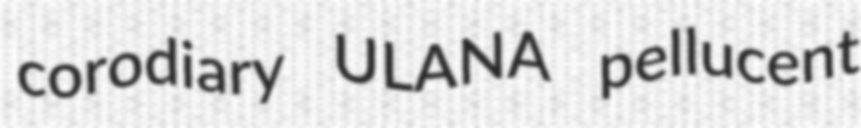
corodiary ULANA pellucent